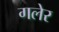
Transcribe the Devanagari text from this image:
गलेर